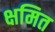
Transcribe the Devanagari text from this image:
क्षमित